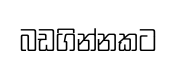
බඩගින්නකට